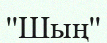
''Шың''